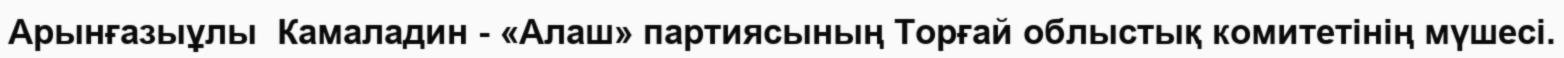
Арынғазыұлы  Камаладин - «Алаш» партиясының Торғай облыстық комитетінің мүшесі.